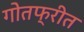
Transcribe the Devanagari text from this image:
गोतफ्रीत